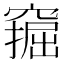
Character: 𫁗